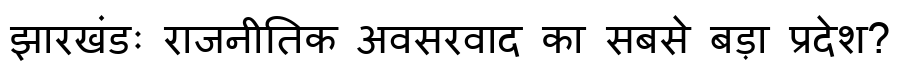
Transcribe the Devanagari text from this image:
झारखंडः राजनीतिक अवसरवाद का सबसे बड़ा प्रदेश?